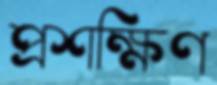
প্রশক্ষিণ